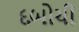
દબોચી